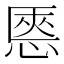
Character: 㥦